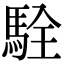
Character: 駩